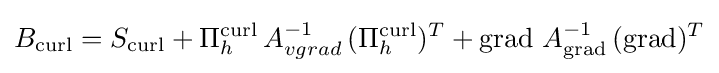
B_{\operatorname {curl} }=S_{\operatorname {curl} }+\Pi _{h}^{\operatorname {curl} }\,A_{vgrad}^{-1}\,(\Pi _{h}^{\operatorname {curl} })^{T}+\operatorname {grad} \,A_{\operatorname {grad} }^{-1}\,(\operatorname {grad} )^{T}